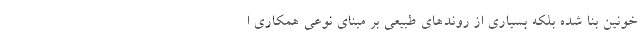
خونين بنا شده بلكه بسياري از روندهاي طبيعي بر مبناي نوعي همكاري ا